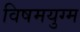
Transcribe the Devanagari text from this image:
विषमयुग्म